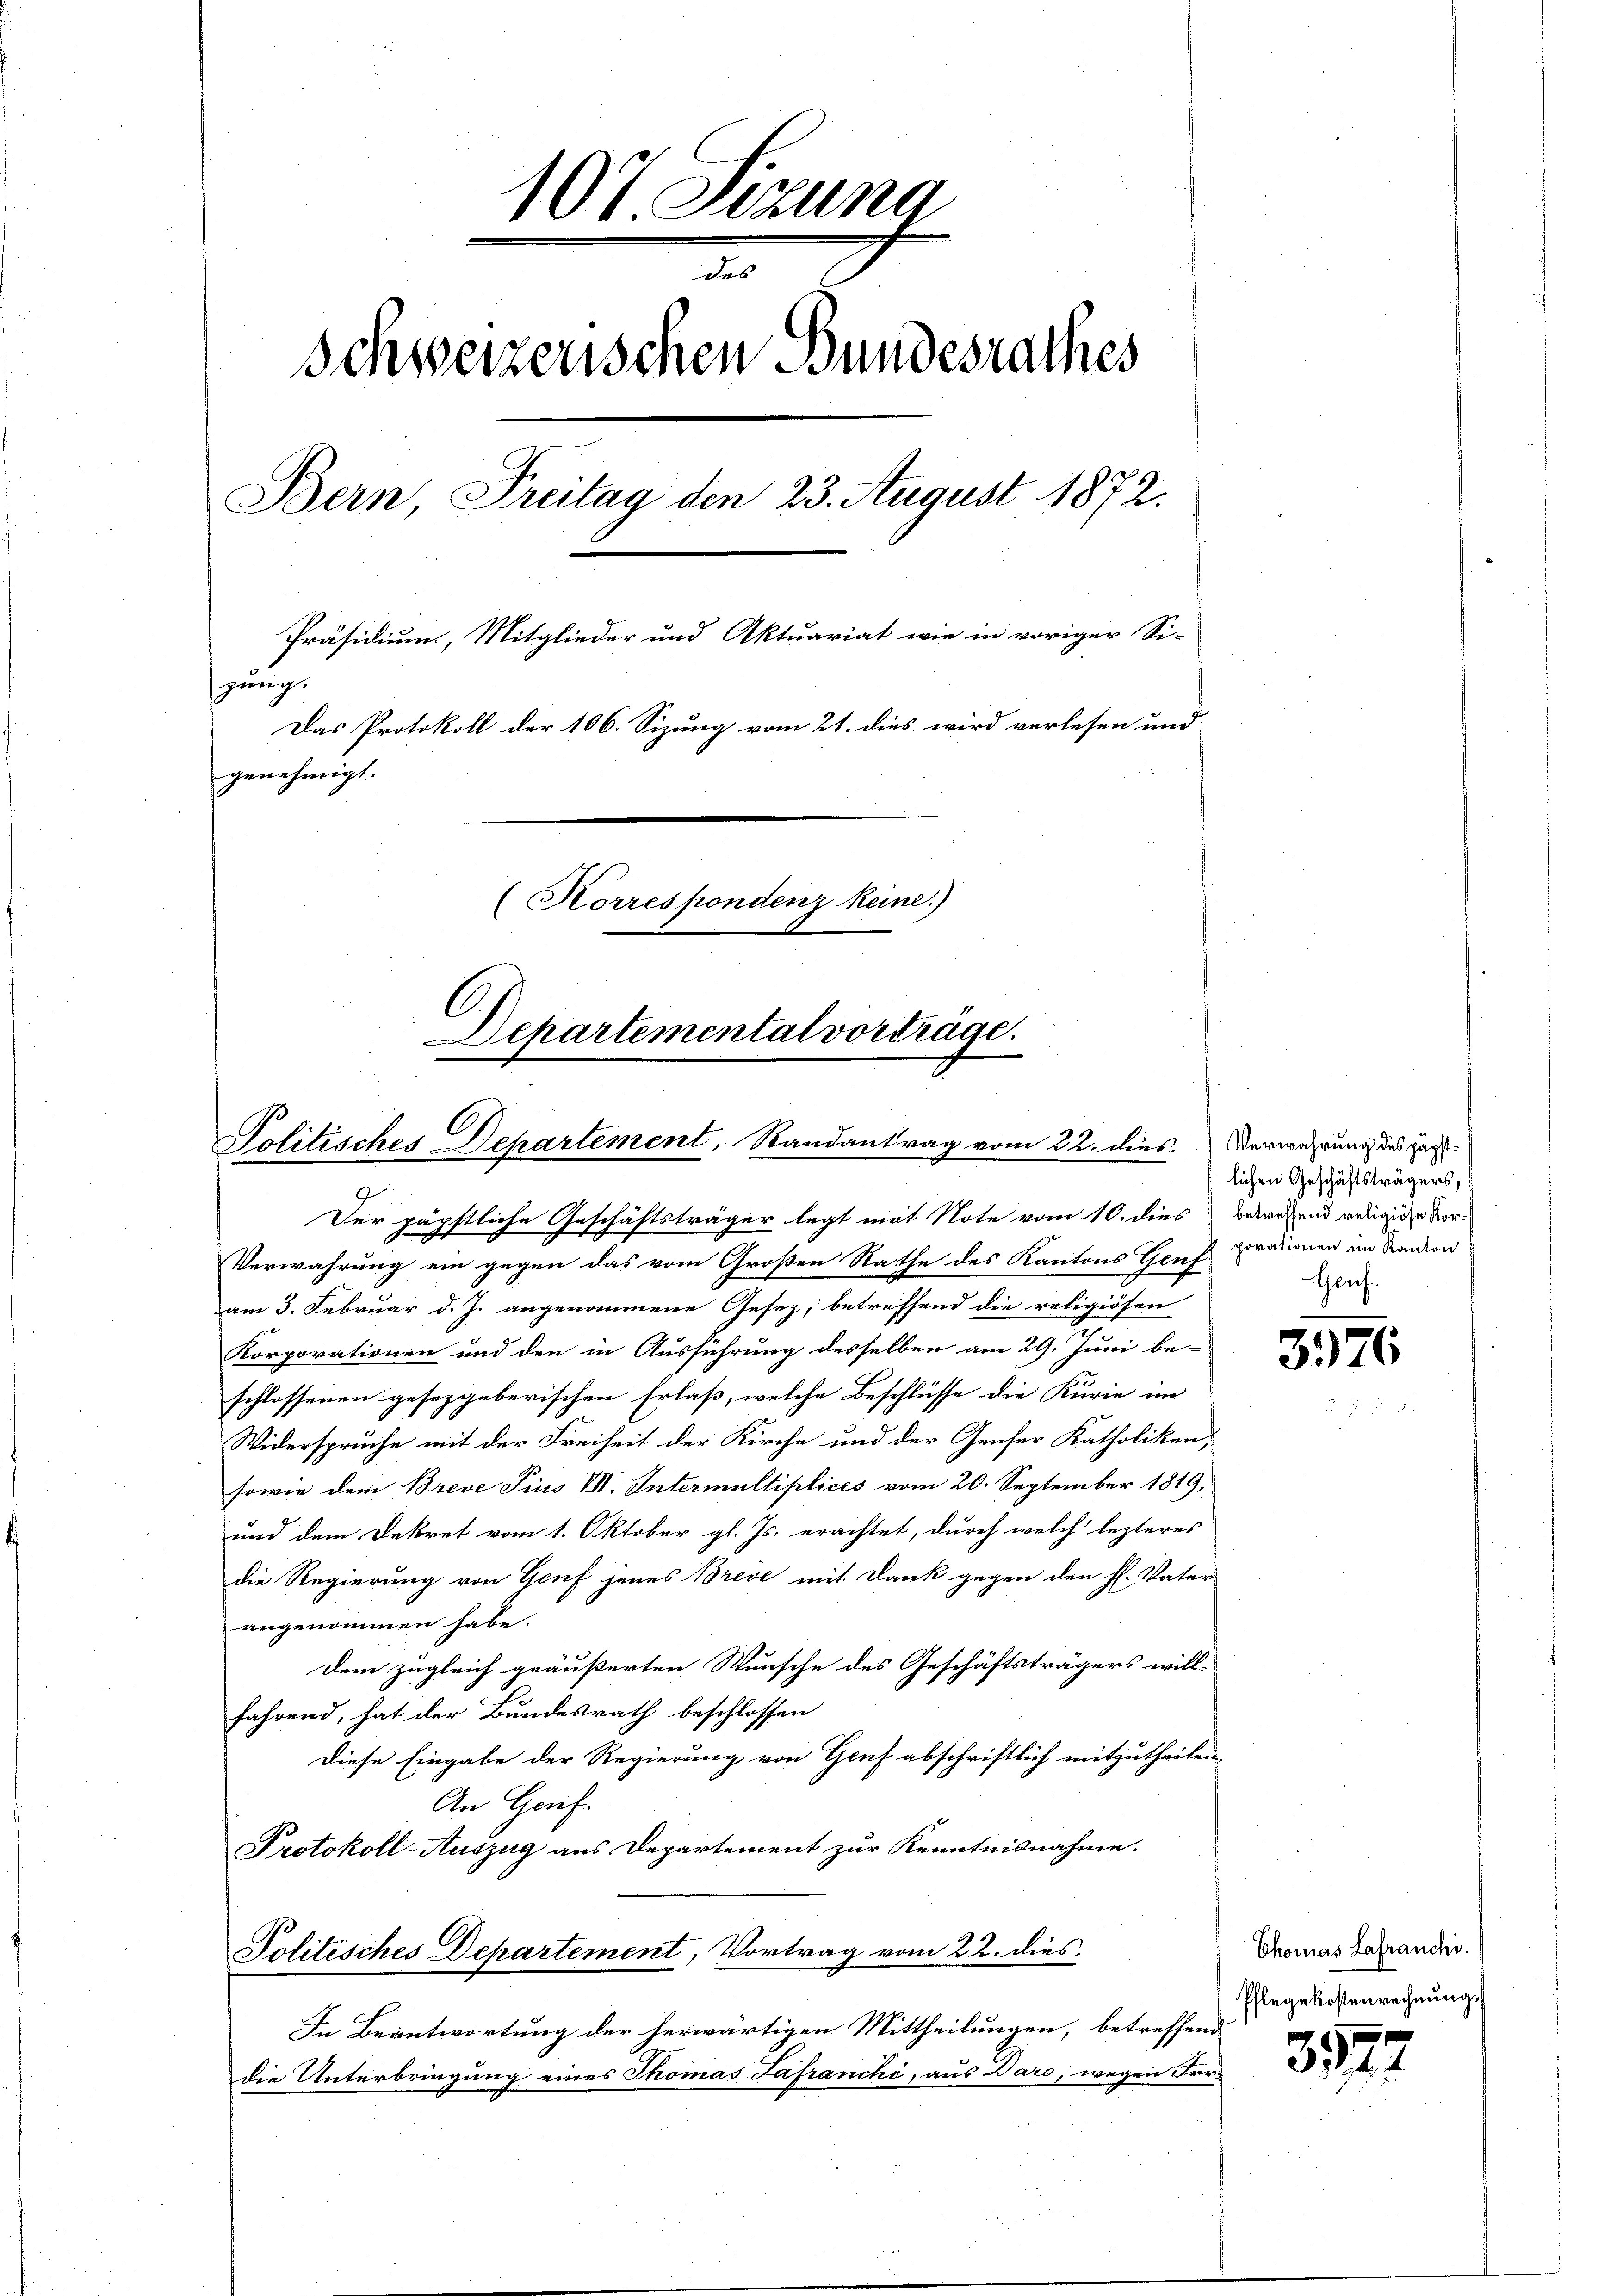
107 Sizung
das
Schweizerischen Bundesrathes
Bern, Freitag den 23. August 1872.
Präsidium, Mitglieder und Aktuariat wie in voriger Si-
zung.
Das Protokoll der 106. Sizung vom 21. dies wird verlesen und
genehmigt.
(Horrespondenz keine.)
Departemental vorträge.

.
Politisches Departement, Randantrag vom 22. dies. Verwahrung des Zag¬

Der päpstliche Geschäftsträger legt mit Note vom 10. dies gewesend wenige Vor¬
Verwahrung ein gegen das vom Großen Rathe des Kantons Genf
am 3. Februar d. J. angenommene Gesetz, betreffend die religiösen
Korporationen und den in Ausführung desselben am 29. Juni be-
schlossenen gesetzgeberischen Erlaß, welche Beschlüsse die Kurie im
Widerspruche mit der Freiheit der Kirche und der Genser Katholiken,
sowie dem Breve Pius VII. Intermultiplices vom 20. September 1819,
und dem Dekret vom 1. Oktober gl. Js. erachtet, durch welch lezteres
die Regierung von Genf jenes Breve mit Dank gegen den fl. Vater
angenommen habe.
Dem zugleich geäußerten Wunsche des Geschäftsträgers will-
fährend, hat der Bundesrath beschlossen
Diese Eingabe der Regierung von Genf abschriftlich mitzutheilen.
An Genf.
Protokoll-Auszug aus Departement zur Kenntnisnahme.
Politisches Departement, Vortrag vom 22. dies
In Beantwortung der herwärtigen Mittheilungen, betreffend
die Unterbringung eines Thomas Jafranchi, aus Daro, wegen Fr.

lichen Geschäftsträgers,
porationen im Kanton
Gauf.

3976

Chomas Lafranchi
Pflegekostenrechnung,

3377